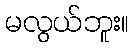
မလွယ်ဘူး။